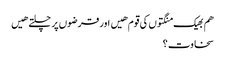
هم بھیک منگتوں کی قوم هیں اور قرضوں پر چلتے هیں
سخاوت ؟